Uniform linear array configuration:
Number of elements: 4
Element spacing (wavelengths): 0.5
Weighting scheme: exponential
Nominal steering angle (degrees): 15
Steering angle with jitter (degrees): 15.87
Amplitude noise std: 0.05
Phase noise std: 0.05

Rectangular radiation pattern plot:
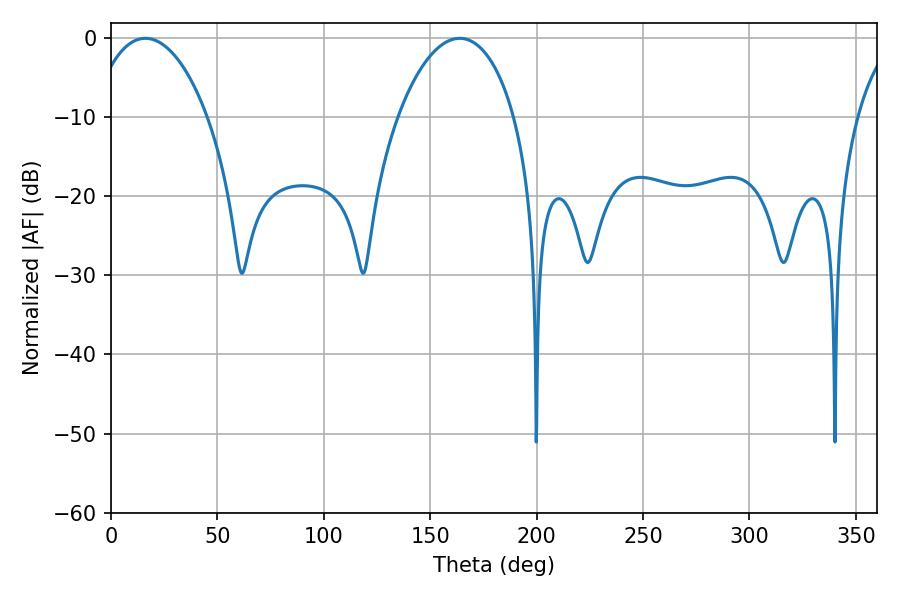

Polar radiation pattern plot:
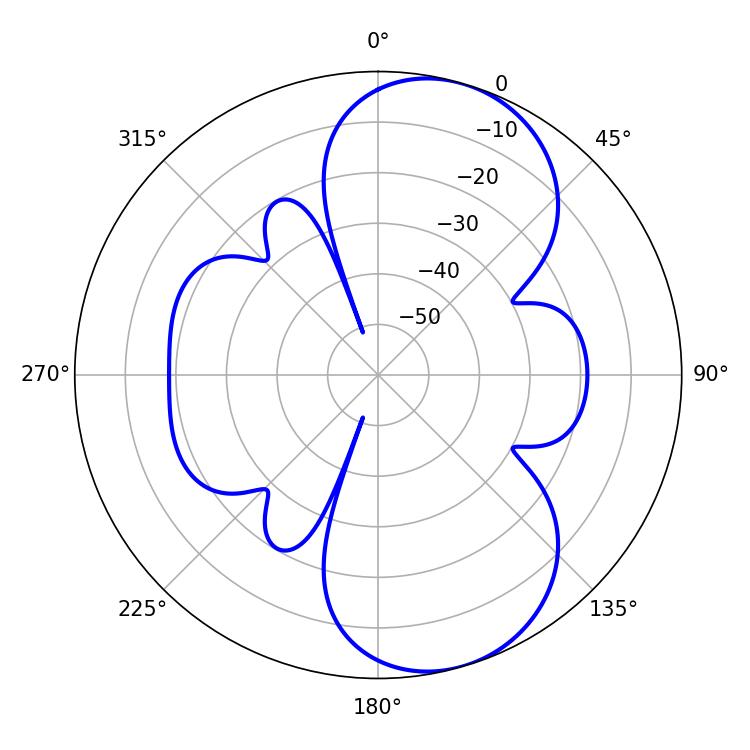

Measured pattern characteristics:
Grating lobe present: FALSE
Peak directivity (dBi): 8.006
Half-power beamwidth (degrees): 30.96
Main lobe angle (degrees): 16.2